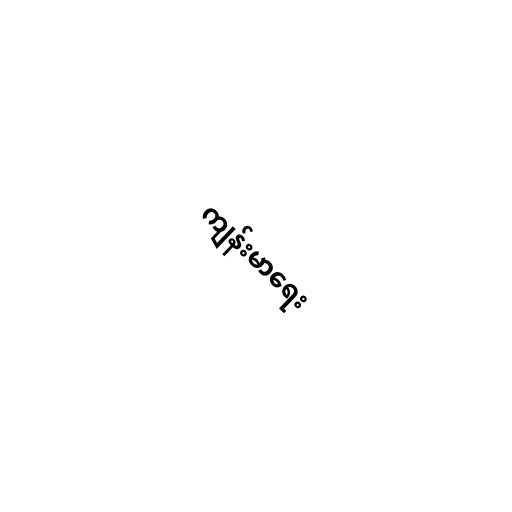
ကျန်းမာရေး